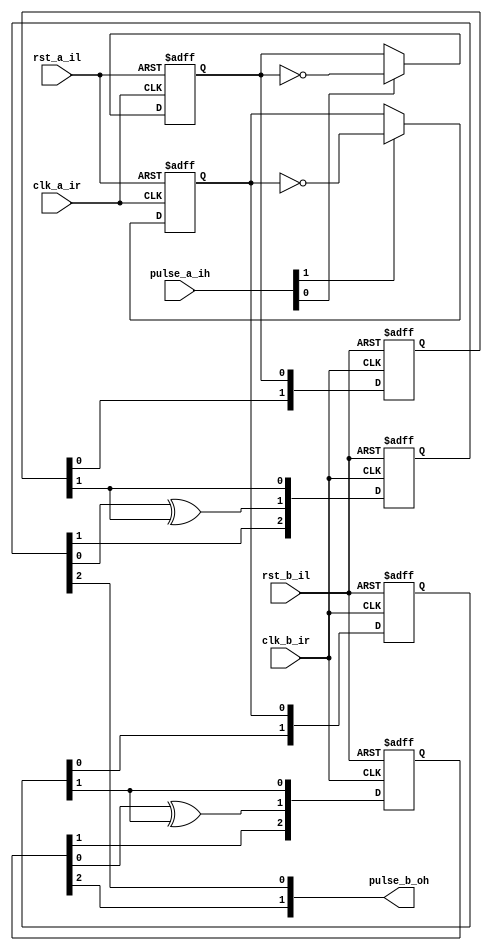
/*
 --------------------------------------------------------------------------
   Synesthesia - Copyright (C) 2012 Gregory Matthew James.

   This file is part of Synesthesia.

   Synesthesia is free; you can redistribute it and/or modify
   it under the terms of the GNU General Public License as published by
   the Free Software Foundation; either version 3 of the License, or
   (at your option) any later version.

   Synesthesia is distributed in the hope that it will be useful,
   but WITHOUT ANY WARRANTY; without even the implied warranty of
   MERCHANTABILITY or FITNESS FOR A PARTICULAR PURPOSE. See the
   GNU General Public License for more details.

   You should have received a copy of the GNU General Public License
   along with this program. If not, see <http://www.gnu.org/licenses/>.
 --------------------------------------------------------------------------
*/

/*
 --------------------------------------------------------------------------
 -- Project Code      : synesthesia
 -- Module Name       : pulse_sync_tggl
 -- Author            : mammenx
 -- Associated modules: 
 -- Function          : Used for synchronizing single pulses across clock
                        domains, using simple toggle method.
 --------------------------------------------------------------------------
*/

/*
 --------------------------------------------------------------------------

 -- $Header$
 

 -- $Log$

 --------------------------------------------------------------------------
*/

`timescale 1ns / 10ps


module pulse_sync_tggl
  (
    clk_a_ir,                 //Input Clock A
    rst_a_il,                 //Input Active low reset for clk_a_ir
    pulse_a_ih,               //Active high pulse in clock A

    clk_b_ir,                 //Input Clock B
    rst_b_il,                 //Input Active low reset for clk_b_ir
    pulse_b_oh                //Active high pulse in clock B - Synchronized
  );

//----------------------- Global parameters Declarations ------------------
  parameter P_NO_OF_PULSES    = 2;
  parameter P_NO_OF_DELAYS    = 3;  //min 3!

//----------------------- Input Declarations ------------------------------
  input                       clk_a_ir;
  input                       rst_a_il;
  input   [P_NO_OF_PULSES-1:0]pulse_a_ih;

  input                       clk_b_ir;
  input                       rst_b_il;

//----------------------- Output Declarations -----------------------------
  output  [P_NO_OF_PULSES-1:0]pulse_b_oh;

//----------------------- Output Register Declaration ---------------------


//----------------------- Internal Register Declarations ------------------
  reg     [P_NO_OF_PULSES-1:0]    tflop_f;
  reg     [(P_NO_OF_PULSES*2)-1:0]dd_sync_a2b_f;

  reg     [(P_NO_OF_PULSES*P_NO_OF_DELAYS)-1:0]  pulse_filter_f;

//----------------------- Internal Wire Declarations ----------------------
  genvar  i;

//----------------------- Start of Code -----------------------------------

  /*
    * Clock Domain  - A
  */
  generate
    for(i=0;i<P_NO_OF_PULSES;i=i+1)
    begin : clk_domain_a

      always@(posedge clk_a_ir, negedge rst_a_il)
      begin
        if(~rst_a_il)
        begin
          tflop_f[i]          <=  1'b0;
        end
        else
        begin
          if(pulse_a_ih[i]) //Enable for TFlop
          begin
            tflop_f[i]        <=  ~tflop_f[i];
          end
          else
          begin
            tflop_f[i]        <=  tflop_f[i];
          end
        end
      end

    end
  endgenerate


  /*
    * Clock Domain  - B
  */
  generate
    for(i=0;i<P_NO_OF_PULSES;i=i+1)
    begin : clk_domain_b

      always@(posedge clk_b_ir, negedge rst_b_il)
      begin
        if(~rst_b_il)
        begin
          dd_sync_a2b_f[(i*2)+1:(i*2)]  <=  2'b00;
          pulse_filter_f[((i+1)*P_NO_OF_DELAYS)-1:(i*P_NO_OF_DELAYS)] <=  {P_NO_OF_DELAYS{1'b0}};
        end
        else
        begin
          dd_sync_a2b_f[(i*2)+1:(i*2)]        <=  {dd_sync_a2b_f[(i*2)],tflop_f[i]};

          //Detect toggle of synchronized signal
          pulse_filter_f[(i*P_NO_OF_DELAYS)]  <=  dd_sync_a2b_f[(i*2)+1];
          pulse_filter_f[(i*P_NO_OF_DELAYS)+1]<=  pulse_filter_f[(i*P_NO_OF_DELAYS)]  ^ dd_sync_a2b_f[(i*2)+1];

          //Apply delay
          pulse_filter_f[((i+1)*P_NO_OF_DELAYS)-1:(i*P_NO_OF_DELAYS)+2] <=  pulse_filter_f[((i+1)*P_NO_OF_DELAYS)-2:(i*P_NO_OF_DELAYS)+1];
        end
      end

    end
  endgenerate

  //Final Output
  generate
    for(i=0;i<P_NO_OF_PULSES;i=i+1)
    begin : final_output

      assign  pulse_b_oh[i]   = pulse_filter_f[((i+1)*P_NO_OF_DELAYS)-1];

    end
  endgenerate

endmodule // pulse_sync_tggl